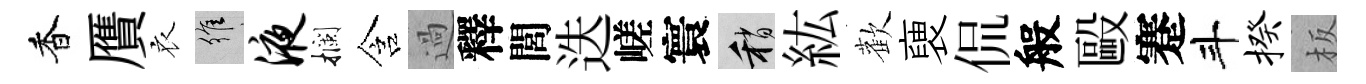
香贋衣維液攔含過釋閭迭嵯寰稍紘歡褏侃般毆蹇斗揆板